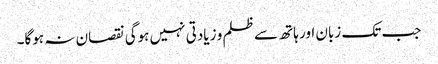
جب تک زبان اور ہاتھ سے ظلم و زیادتی نہیں ہوگی نقصان نہ ہوگا۔